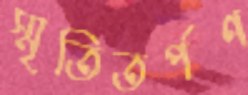
স্মৃতিতর্পণ